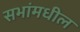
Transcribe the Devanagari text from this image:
सभांमधील